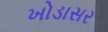
ખોડાસર